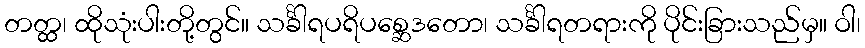
တတ္ထ၊ ထိုသုံးပါးတို့တွင်။ သင်္ခါရပရိပစ္ဆေဒတော၊ သင်္ခါရတရားကို ပိုင်းခြားသည်မှ။ ဝါ၊